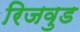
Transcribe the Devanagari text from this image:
रिजवुड